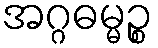
အဂ္ဂဓမ္မဉ္စ